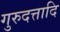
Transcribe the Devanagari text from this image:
गुरुदत्तादि